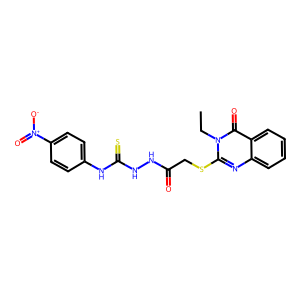
SMILES: CCn1c(SCC(=O)NNC(=S)Nc2ccc([N+](=O)[O-])cc2)nc2ccccc2c1=O
Inhibits HIV replication: No